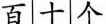
百十个